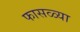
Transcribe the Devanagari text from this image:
फासळ्या